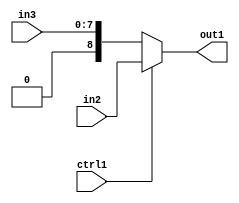
`timescale 1ps / 1ps
/*****************************************************************************
    Verilog RTL Description
    
    
    Created by: Stratus DpOpt 21.05.01 
*******************************************************************************/

module Filter_N_Mux_9_2_1_4 (
	in3,
	in2,
	ctrl1,
	out1
	); /* architecture "behavioural" */ 
input [7:0] in3;
input [8:0] in2;
input  ctrl1;
output [8:0] out1;
wire [8:0] asc001;

reg [8:0] asc001_tmp_0;
assign asc001 = asc001_tmp_0;
always @ (ctrl1 or in2 or in3) begin
	case (ctrl1)
		1'B1 : asc001_tmp_0 = in2 ;
		default : asc001_tmp_0 = in3 ;
	endcase
end

assign out1 = asc001;
endmodule

/* CADENCE  uLL4SAw= : u9/ySxbfrwZIxEzHVQQV8Q== ** DO NOT EDIT THIS LINE ******/